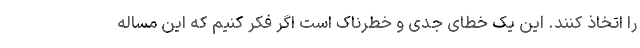
را اتخاذ کنند. این یک خطای جدی و خطرناک است اگر فکر کنیم که این مساله